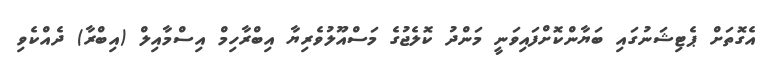
އެގޮތަށް ޕެޓިޝަނުގައި ބަޔާންކޮށްފައިވަނީ މަންދު ކޮލެޖުގެ މަސްއޫލުވެރިޔާ އިބްރާހިމް އިސްމާއިލް (އިބްރާ) ދެއްކެވި